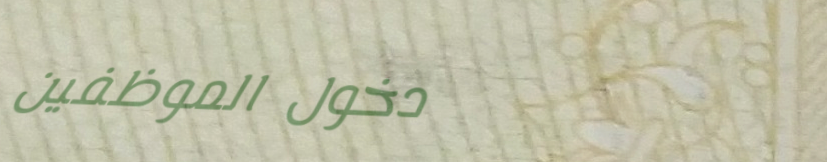
دخول الموظفين